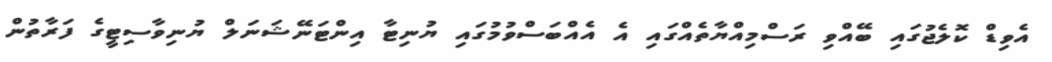
އެވިޑް ކޮލެޖުގައި ބޭއްވި ރަސްމިއްޔާތެއްގައި އެ އެއްބަސްވުމުގައި ޔުނިޓާ އިންޓަނޭޝަނަލް ޔުނިވާސިޓީގެ ފަރާތުން